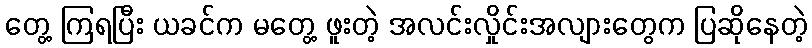
တွေ့ ကြရပြီး ယခင်က မတွေ့ ဖူးတဲ့ အလင်းလှိုင်းအလျားတွေက ပြဆိုနေတဲ့